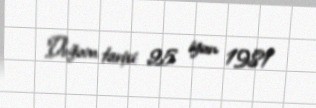
Doğum tarixi: 25 iyun 1981